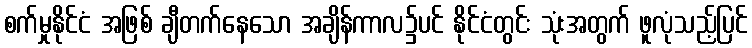
စက်မှုနိုင်ငံ အဖြစ် ချီတက်နေသော အချိန်ကာလ၌ပင် နိုင်ငံတွင်း သုံးအတွက် ဖူလုံသည့်ပြင်